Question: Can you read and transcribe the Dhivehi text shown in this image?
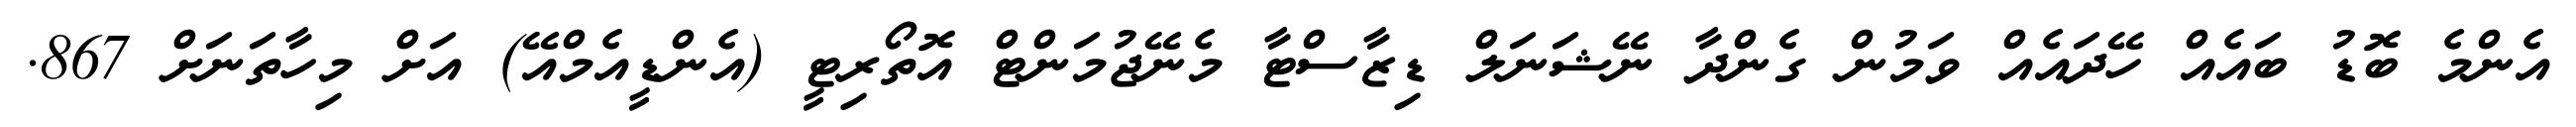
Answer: އެންމެ ބޮޑު ބައެއް ހޭދައެއް ވަމުން ގެންދާ ނޭޝަނަލް ޑިޒާސްޓާ މެނޭޖުމަންޓް އޮތޯރިޓީ (އެންޑީއެމްއޭ) އަށް މިހާތަނަށް 867.